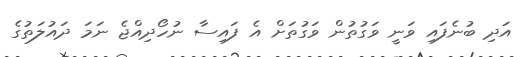
އަދި ބުނެފައި ވަނީ ވަގުތުން ވަގުތަށް އެ ފައިސާ ނުހޯދިއްޖެ ނަމަ ދައުލަތުގެ